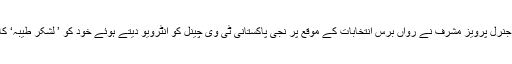
سابق صدر ریٹائرڈ جنرل پرویز مشرف نے رواں برس انتخابات کے موقع پر نجی پاکستانی ٹی وی چینل کو انٹرویو دیتے ہوئے خود کو ’ لشکرِ طیبہ‘ کا حمایتی قرار دیاتھا۔